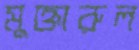
মুক্তারুল